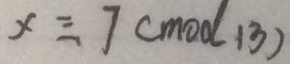
x \equiv 7 ( m o d 1 3 )